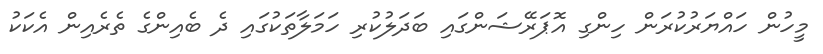
މީހުން ހައްޔަރުކުރަން ހިންގި އޮޕަރޭޝަންގައި ބަދަލުކުރި ހަމަލާތަކުގައި ދެ ބެއިންގެ ތެރެއިން އެކަކު